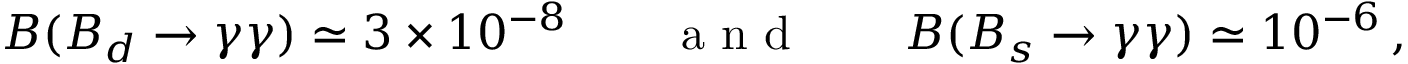
B ( B _ { d } \to \gamma \gamma ) \simeq 3 \times 1 0 ^ { - 8 } \qquad \textrm { a n d } \qquad B ( B _ { s } \to \gamma \gamma ) \simeq 1 0 ^ { - 6 } \, ,